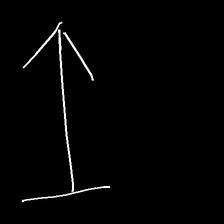
Glyph: levitation